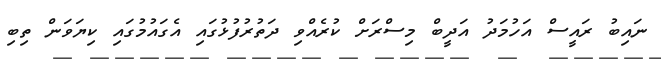
ނައިބު ރައީސް އަހުމަދު އަދީބް މިސްރަށް ކުރެއްވި ދަތުރުފުޅުގައި އެގައުމުގައި ކިޔަވަން ތިބި